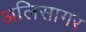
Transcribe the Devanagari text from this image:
अलिसागर